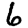
Digit: 6